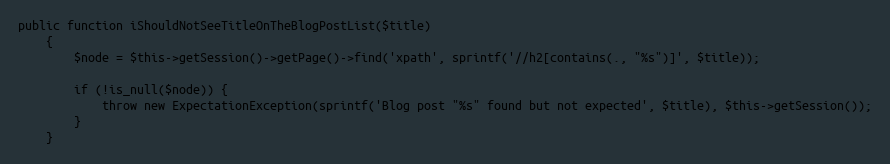
Language: PHP
public function iShouldNotSeeTitleOnTheBlogPostList($title)
    {
        $node = $this->getSession()->getPage()->find('xpath', sprintf('//h2[contains(., "%s")]', $title));

        if (!is_null($node)) {
            throw new ExpectationException(sprintf('Blog post "%s" found but not expected', $title), $this->getSession());
        }
    }